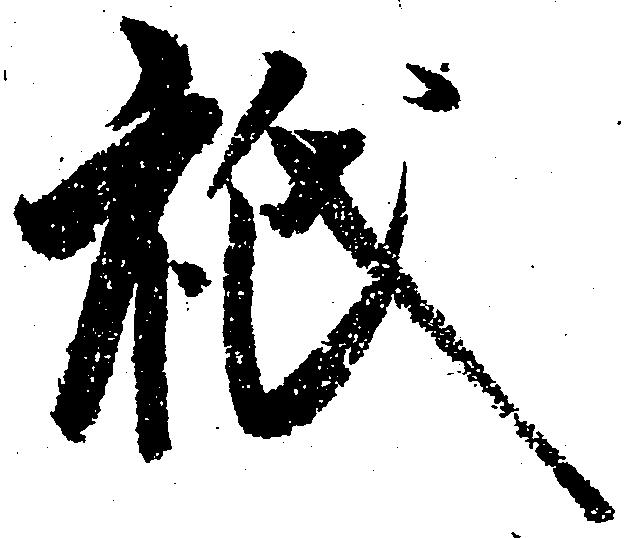
祇